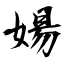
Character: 婸